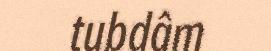
tubdâm